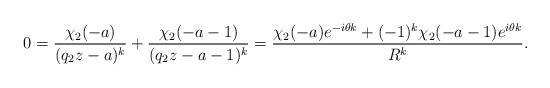
LaTeX: \begin{align*}0&=\frac{\chi_2(-a)}{(q_2z-a)^k} + \frac{\chi_2(-a-1)}{(q_2z-a-1)^k}=\frac{\chi_2(-a) e^{-i\theta k} + (-1)^k\chi_2(-a-1) e^{i\theta k}}{R^k}.\end{align*}